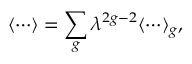
\langle \cdots \rangle = \sum _ { g } \lambda ^ { 2 g - 2 } \langle \cdots \rangle _ { g } ,